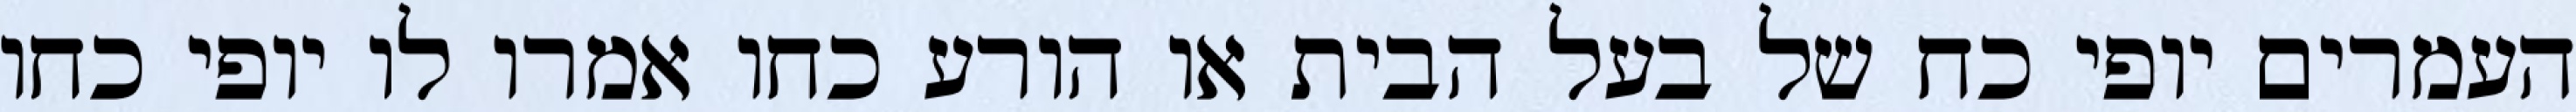
העמרים יופי כח של בעל הבית או הורע כחו אמרו לו יופי כחו